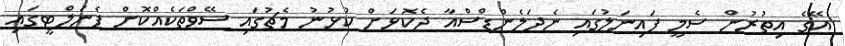
އޭގެ އިތުރުން ސެމީ ފައިނަލުގައި ނެދަލެންޑްސްއާ ދެކޮޅަށް ކުޅުނު މެޗުގައި ސޭވްތަކެއްކޮށް ޕެނަލްޓީގައި